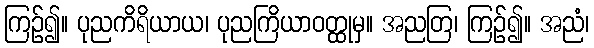
ကြဉ်၍။ ပုညကိရိယာယ၊ ပုညကြိယာဝတ္ထုမှ။ အညတြ၊ ကြဉ်၍။ အညံ၊